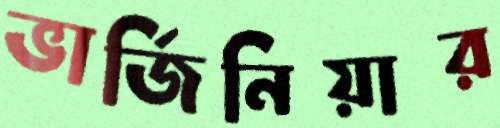
ভার্জিনিয়ার